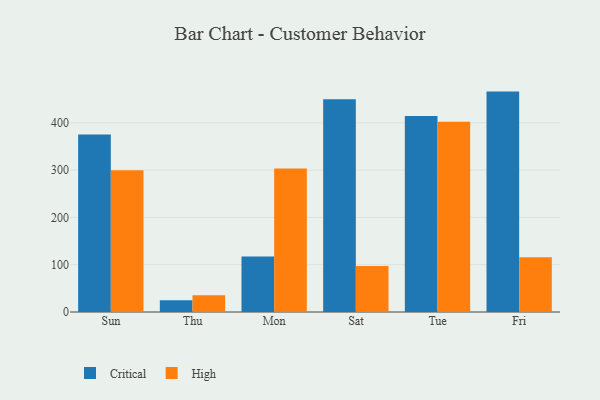
{"axis": {"x": "Day", "y": "Website Visitors"}, "legend": ["Critical", "High"], "data": [{"x": "Sun", "y": 375.0, "type": "Critical"}, {"x": "Sun", "y": 299.5, "type": "High"}, {"x": "Thu", "y": 25.0, "type": "Critical"}, {"x": "Thu", "y": 35.3, "type": "High"}, {"x": "Mon", "y": 117.3, "type": "Critical"}, {"x": "Mon", "y": 303.6, "type": "High"}, {"x": "Sat", "y": 449.6, "type": "Critical"}, {"x": "Sat", "y": 97.1, "type": "High"}, {"x": "Tue", "y": 414.4, "type": "Critical"}, {"x": "Tue", "y": 402.2, "type": "High"}, {"x": "Fri", "y": 465.9, "type": "Critical"}, {"x": "Fri", "y": 115.7, "type": "High"}]}